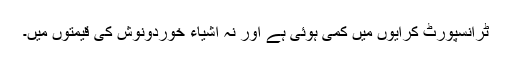
ٹرانسپورٹ کرایوں میں کمی ہوئی ہے اور نہ اشیاء خوردونوش کی قیمتوں میں۔